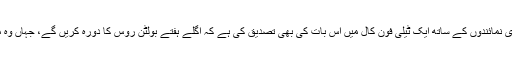
پوٹن کے ترجمان دمتری پیسکوف نے اخباری نمائندوں کے ساتھ ایک ٹیلی فون کال میں اس بات کی بھی تصدیق کی ہے کہ اگلے ہفتے بولٹن روس کا دورہ کریں گے، جہاں وہ ملاقات کی تیاری سے متعلق بات کریں گے۔